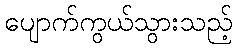
ပျောက်ကွယ်သွားသည့်